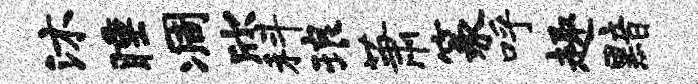
沐睡凋欣科琅萧篆呼趣黯